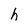
Character: h